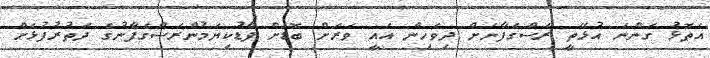
އަތޮޅު ގަންނަ އުޅޭތީ ރަސްގެފާނަށް ދިވެހިން އައީ ވަރަށް ބޮޑަށް ފާޑުކިޔަމުންރަސްގެފާނުގެ ދަތުރުފުޅަށް